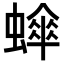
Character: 𬠮